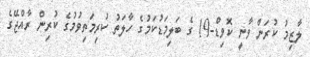
ލާޒިމު ކުރަން ވާނީ ކޮވިޑް-19 ގެ ބަލިމަޑުކަމުގެ ހާލަތު ކުރިމަތިވުމުގެ ކުރިން ރާއްޖޭގެ